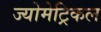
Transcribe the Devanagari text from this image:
ज्योमेट्रिकल